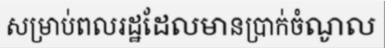
សម្រាប់ពលរដ្ឋដែលមានប្រាក់ចំណូល